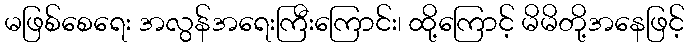
မဖြစ်စေရေး အလွန်အရေးကြီးကြောင်း၊ ထို့ကြောင့် မိမိတို့အနေဖြင့်